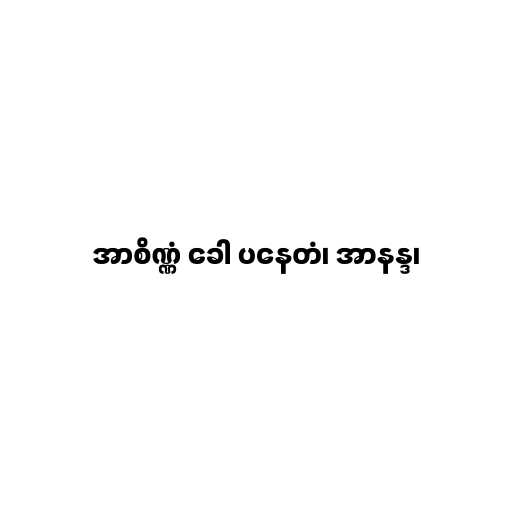
အာစိဏ္ဏံ ခေါ ပနေတံ၊ အာနန္ဒ၊